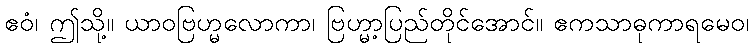
ဧဝံ၊ ဤသို့။ ယာဝဗြဟ္မလောကာ၊ ဗြဟ္မာ့ပြည်တိုင်အောင်။ ဧကသာဓုကာရမေဝ၊